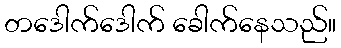
တဒေါက်ဒေါက် ခေါက်နေသည်။